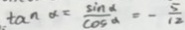
\tan \alpha = \frac { \sin \alpha } { \cos \alpha } = - \frac { 5 } { 1 2 }